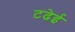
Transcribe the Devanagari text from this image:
टढेई